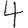
Digit: 4